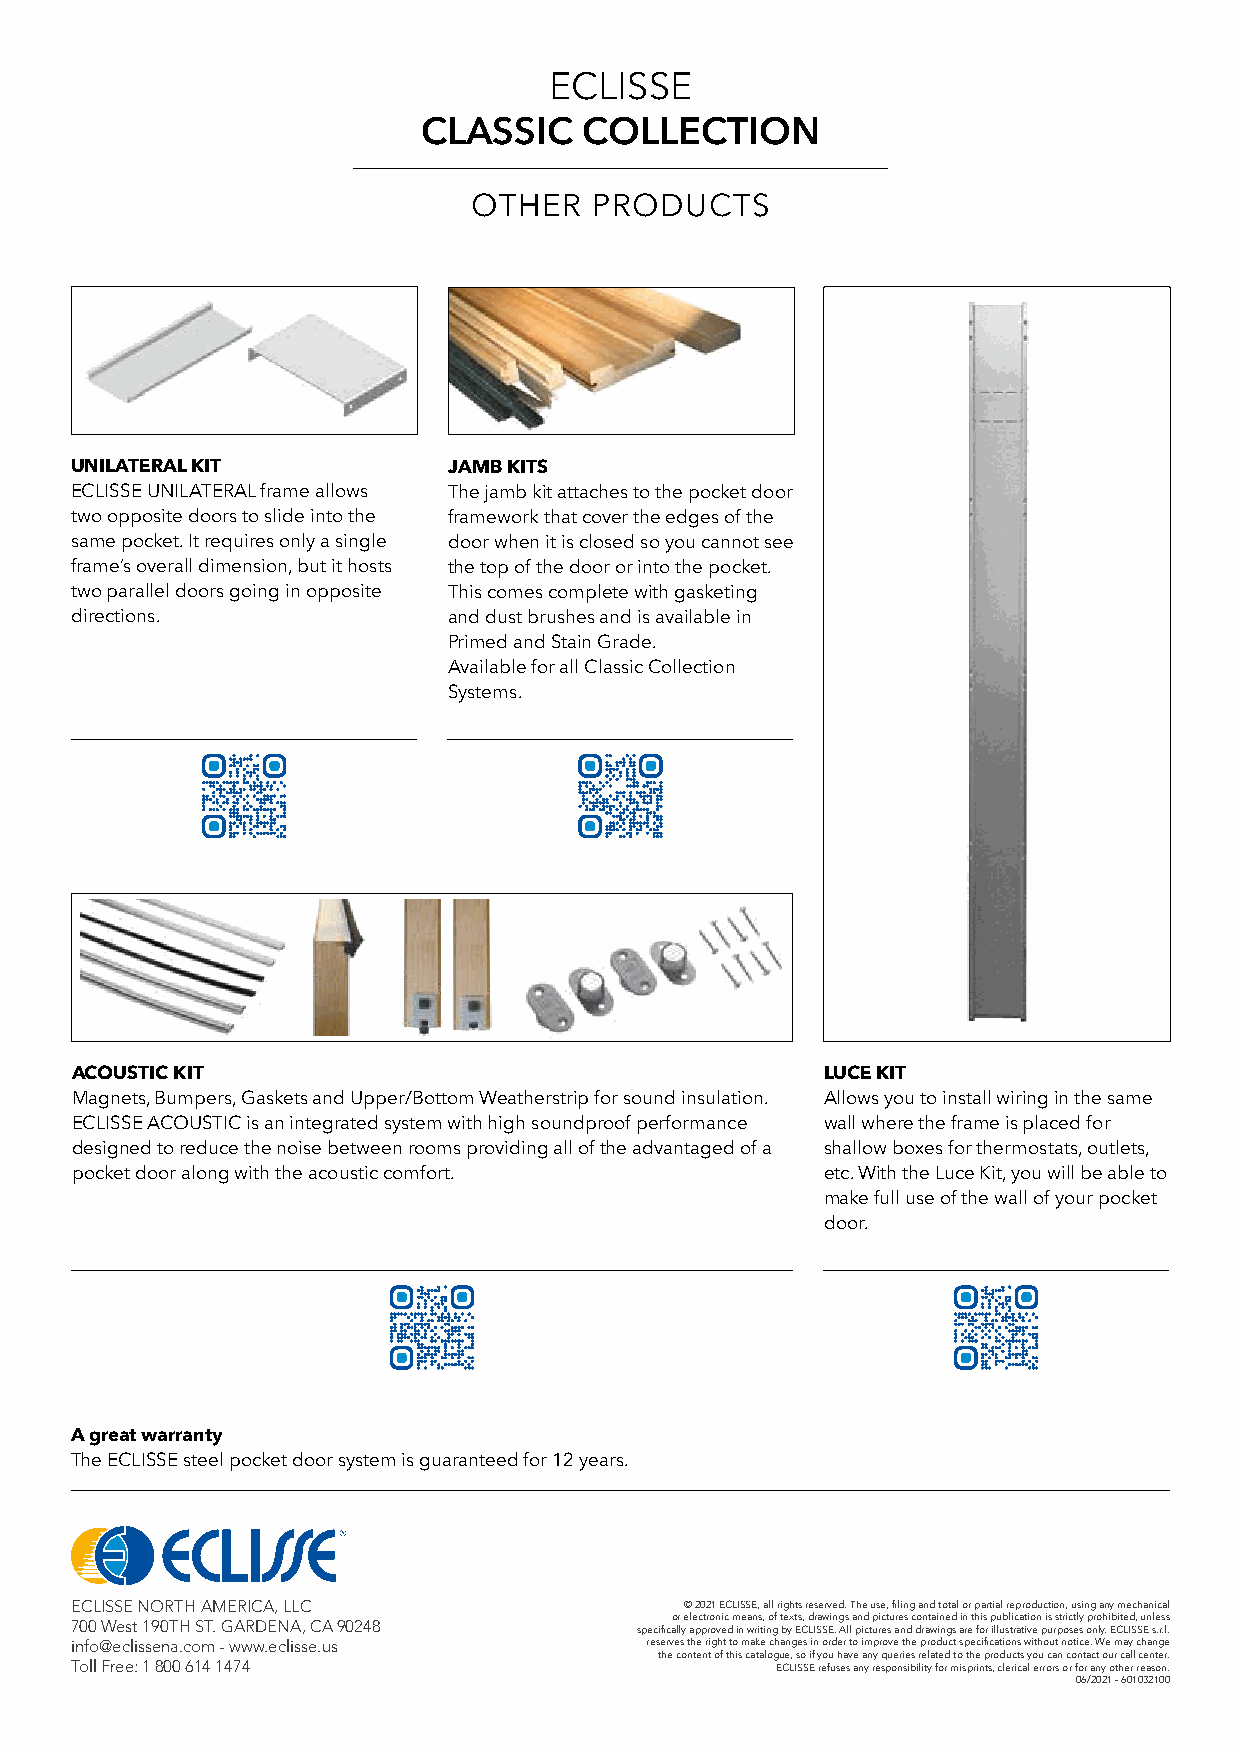
ECLISSE
 CLASSIC    COLLECTION
 OTHER   PRODUCTS
 UNILATERAL KIT           JAMB KITS
 ECLISSE UNILATERAL frame allows The jamb kit attaches to the pocket door
 two opposite doors to slide into the framework that cover the edges of the
 same pocket. It requires only a single door when it is closed so you cannot see
 frame’s overall dimension, but it hosts the top of the door or into the pocket.
 two parallel doors going in opposite This comes complete with gasketing
 directions.              and dust brushes and is available in
 Primed and Stain Grade.
 Available for all Classic Collection
 Systems.
 ACOUSTIC KIT                                     LUCE KIT
 Magnets, Bumpers, Gaskets and Upper/Bottom Weatherstrip for sound insulation. Allows you to install wiring in the same
 ECLISSE ACOUSTIC is an integrated system with high soundproof performance wall where the frame is placed for
 designed to reduce the noise between rooms providing all of the advantaged of a shallow boxes for thermostats, outlets,
 pocket door along with the acoustic comfort.     etc. With the Luce Kit, you will be able to
 make full use of the wall of your pocket
 door.
 A great warranty
 The ECLISSE steel pocket door system is guaranteed for 12 years.
 ECLISSE NORTH AMERICA, LLC              © 2021 ECLISSE, all rights reserved. The use, filing and total or partial reproduction, using any mechanical
 or electronic means, of texts, drawings and pictures contained in this publication is strictly prohibited, unless
 700 West 190TH ST. GARDENA, CA 90248 specifically approved in writing by ECLISSE. All pictures and drawings are for illustrative purposes only. ECLISSE s.r.l.
 info@eclissena.com - www.eclisse.us   reserves the right to make changes in order to improve the product specifications without notice. We may change
 the content of this catalogue, so if you have any queries related to the products you can contact our call center.
 Toll Free: 1 800 614 1474                     ECLISSE refuses any responsibility for misprints, clerical errors or for any other reason.
 06/2021 - 601032100